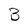
Character: B